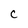
Character: C